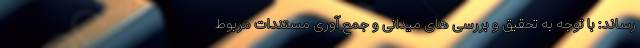
رساند: با توجه به تحقیق و بررسی های میدانی و جمع آوری مستندات مربوط